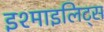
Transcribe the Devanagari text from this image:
इश्माइलिट्स